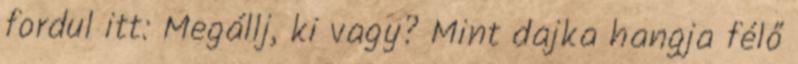
fordul itt: Megállj, ki vagy? Mint dajka hangja félő